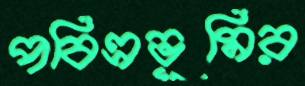
পবিত্রভূমির